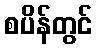
စပိန်တွင်